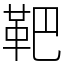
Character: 靶